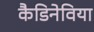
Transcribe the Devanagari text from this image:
कैडिनेविया